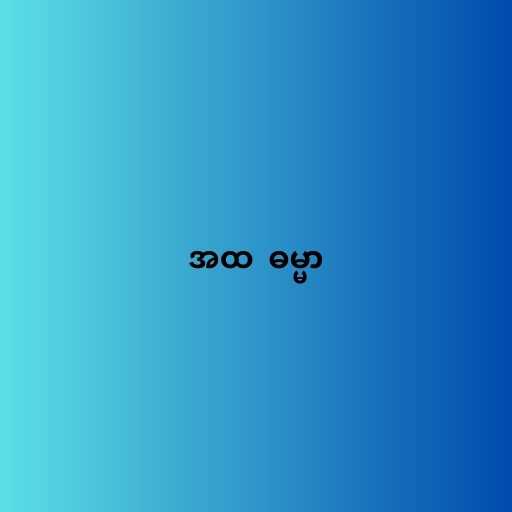
အထ  ဓမ္မာ